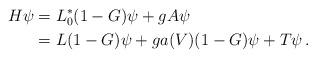
LaTeX: \begin{align*}H \psi &=L_0^*(1-G)\psi + gA \psi \\&=L (1-G)\psi + g a(V) (1-G)\psi+T\psi\,.\end{align*}